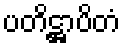
ပတိဋ္ဌာပိတံ